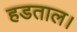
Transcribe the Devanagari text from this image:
हडताल।